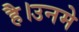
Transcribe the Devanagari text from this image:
है।उनमे